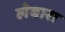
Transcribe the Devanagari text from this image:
लेबारा